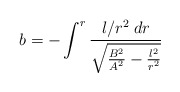
\begin{align*}b = - \int^r \frac{l/r^2\; dr}{\sqrt{\frac{B^2}{A^2} - \frac{l^2}{r^2}}}\end{align*}